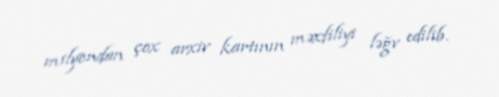
milyondan çox arxiv kartının məxfiliyi ləğv edilib.